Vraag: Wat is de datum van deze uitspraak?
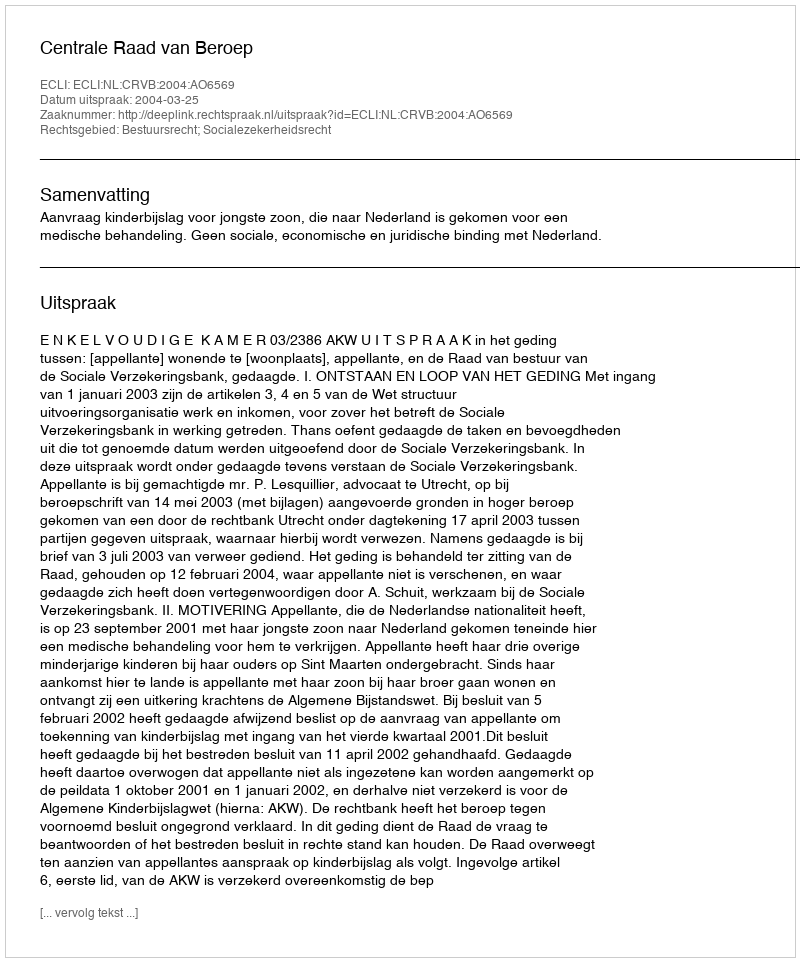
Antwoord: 2004-03-25